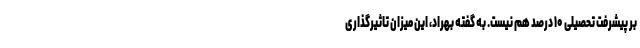
بر پیشرفت تحصیلی ۱۰ درصد هم نیست. به گفته بهراد، این میزان تاثیرگذاری